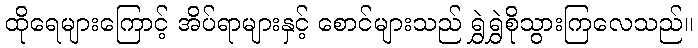
ထိုရေများကြောင့် အိပ်ရာများနှင့် စောင်များသည် ရွှဲရွှဲစိုသွားကြလေသည်။